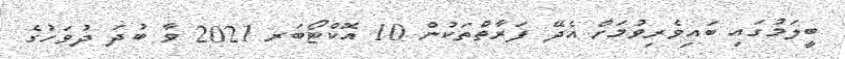
ބީލަމުގައި ބައިވެރިވުމަށް އެދޭ ފަރާތްތަކުން 10 އޮކްޓޯބަރ 2021 ވާ ބުދަ ދުވަހުގެ